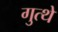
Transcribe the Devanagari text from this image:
गुत्थे